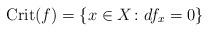
LaTeX: \begin{align*}{\rm Crit}(f)=\{x\in X\colon df_x=0\}\end{align*}